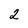
Character: 2